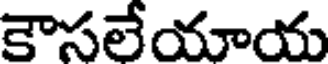
కౌసలేయాయ